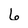
Character: 6